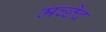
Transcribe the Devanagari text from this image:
मच्छेंद्र